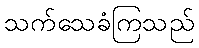
သက်သေခံကြသည်